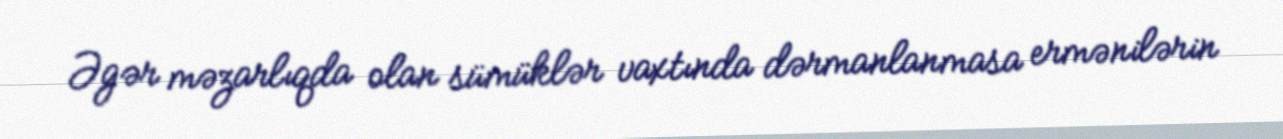
Əgər məzarlıqda olan sümüklər vaxtında dərmanlanmasa ermənilərin